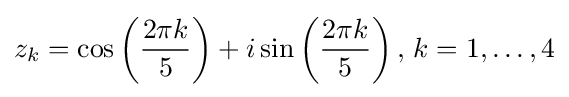
z_{k}=\cos \left({{2\pi k} \over 5}\right)+i\sin \left({{2\pi k} \over 5}\right),\,k=1,\ldots ,4